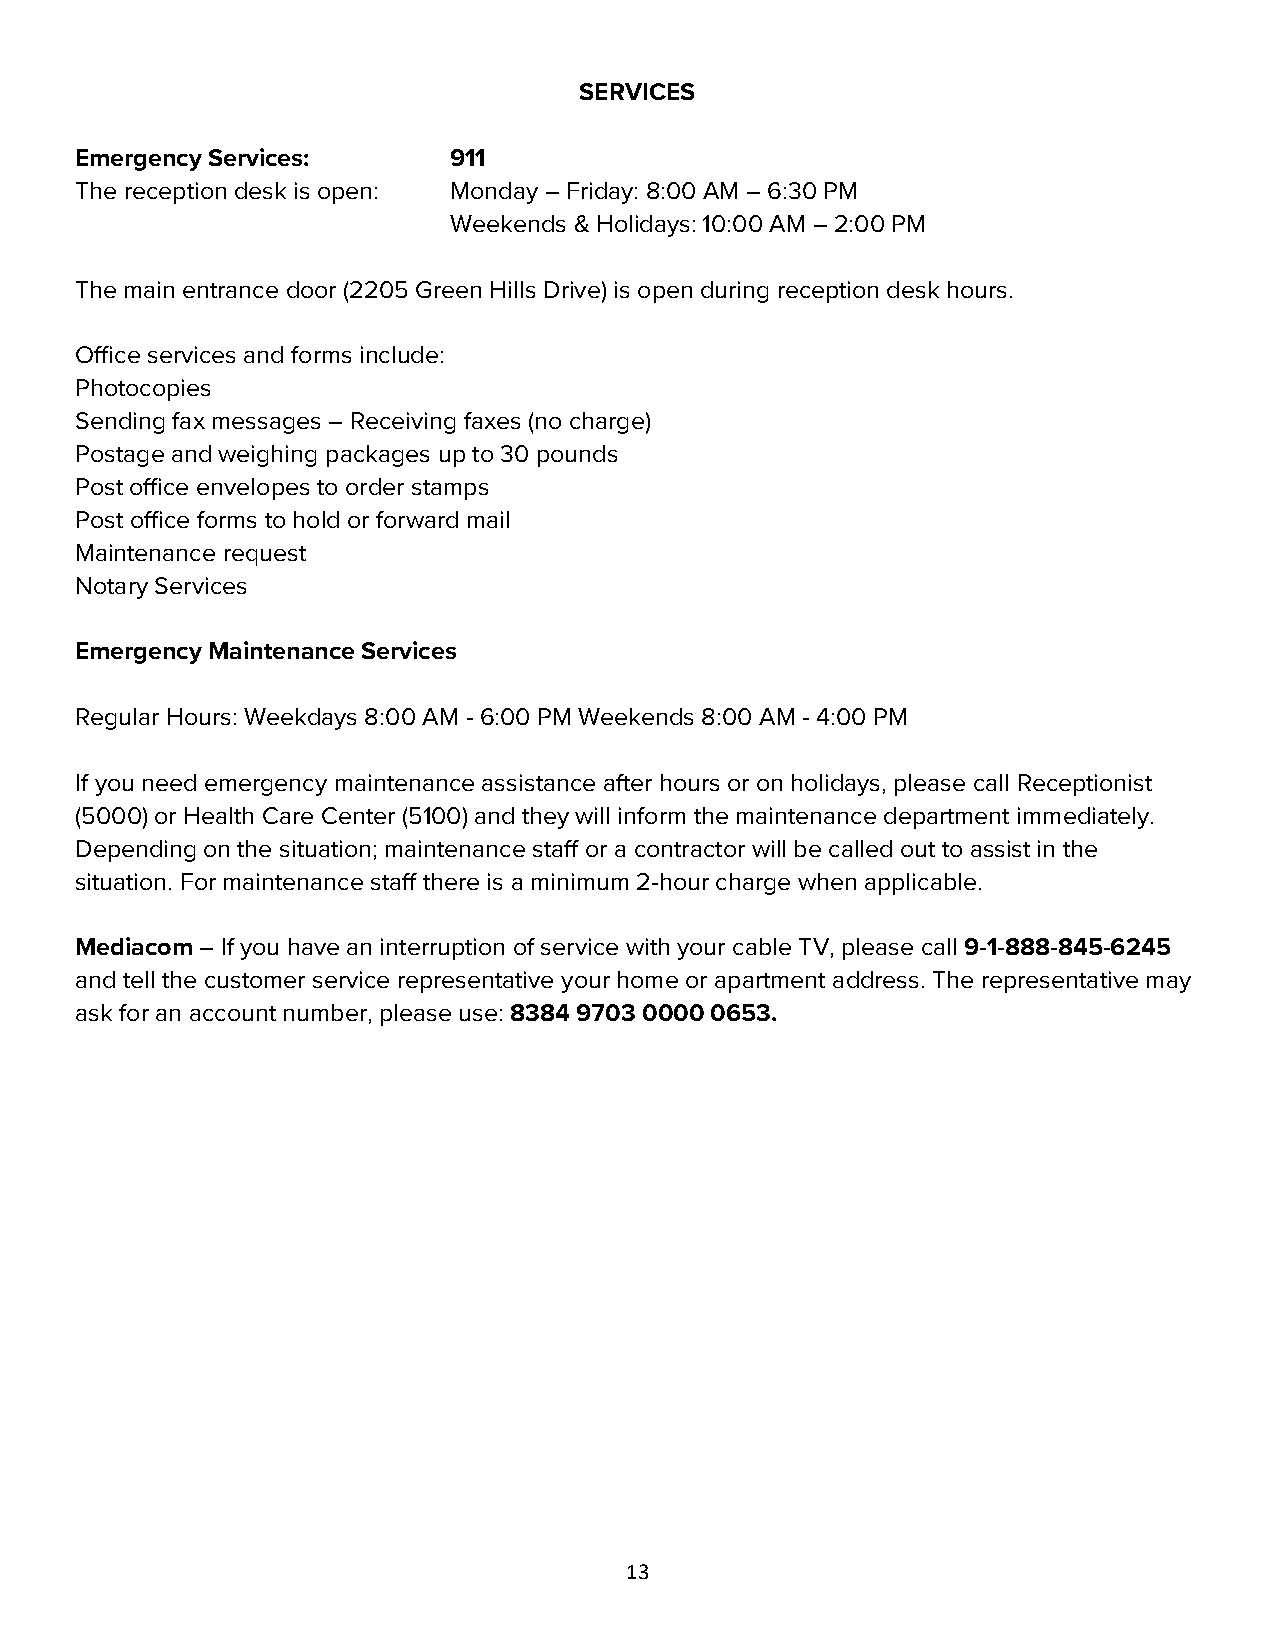
SERVICES
 Emergency Services:      911
 The reception desk is open: Monday – Friday: 8:00 AM – 6:30 PM
 Weekends & Holidays: 10:00 AM – 2:00 PM
 The main entrance door (2205 Green Hills Drive) is open during reception desk hours.
 Office services and forms include:
 Photocopies
 Sending fax messages – Receiving faxes (no charge)
 Postage and weighing packages up to 30 pounds
 Post office envelopes to order stamps
 Post office forms to hold or forward mail
 Maintenance request
 Notary Services
 Emergency Maintenance Services
 Regular Hours: Weekdays 8:00 AM - 6:00 PM Weekends 8:00 AM - 4:00 PM
 If you need emergency maintenance assistance after hours or on holidays, please call Receptionist
 (5000) or Health Care Center (5100) and they will inform the maintenance department immediately.
 Depending on the situation; maintenance staff or a contractor will be called out to assist in the
 situation. For maintenance staff there is a minimum 2-hour charge when applicable.
 Mediacom – If you have an interruption of service with your cable TV, please call 9-1-888-845-6245
 and tell the customer service representative your home or apartment address. The representative may
 ask for an account number, please use: 8384 9703 0000 0653.
 13